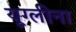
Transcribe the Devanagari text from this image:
यूग्लीना